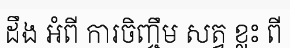
ដឹង អំពី ការចិញ្ចឹម សត្វ ខ្លះ ពី